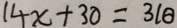
1 4 x + 3 0 = 3 1 \theta